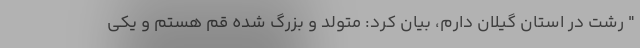
" رشت در استان گیلان دارم، بیان کرد: متولد و بزرگ شده قم هستم و یکی